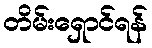
တိမ်းရှောင်ရန်